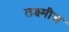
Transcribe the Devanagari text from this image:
लक्ष्मीस